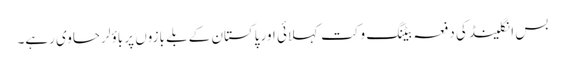
بس انگلینڈ کی دفعہ بیٹنگ وکت کہلائی اور پاکستان کے بلے بازوں پر باؤلر حاوی رہے۔